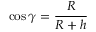
\cos \gamma = { \frac { R } { R + h } }